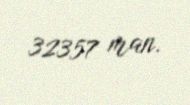
32357 man.